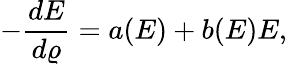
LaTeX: -\frac{dE}{d\varrho}=a(E)+b(E)E,